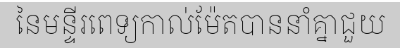
នៃមន្ទីរពេទ្យកាល់ម៉ែតបាននាំគ្នាជួយ